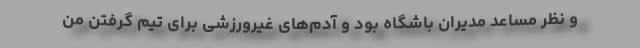
و نظر مساعد مدیران باشگاه بود و آدم‌های غیرورزشی برای تیم گرفتن من